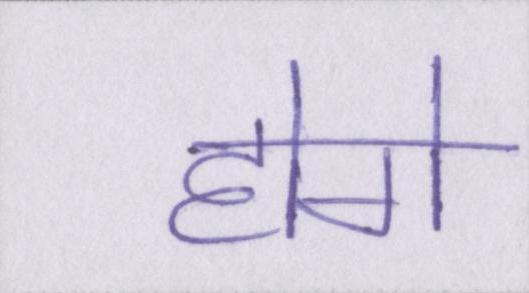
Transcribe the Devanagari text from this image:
होगे